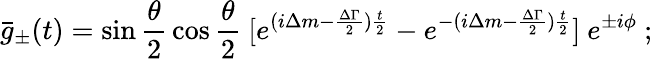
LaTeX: \bar{g}_{\pm}(t)=\sin{\frac{\theta}{2}}\cos{\frac{\theta}{2}}\ [e^{(i\Delta m-{\frac{\Delta\Gamma}{2}}){\frac{t}{2}}}-e^{-(i\Delta m-{\frac{\Delta\Gamma}{2}}){\frac{t}{2}}}]\ e^{\pm i\phi}\ ;